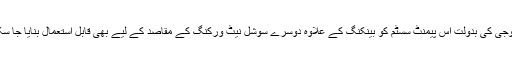
o نئی ٹیکنالوجی کی بدولت اس پیمنٹ سسٹم کو بینکنگ کے علاوہ دوسرے سوشل نیٹ ورکنگ کے مقاصد کے لیے بھی قابل استعمال بنایا جا سکتا ہے۔